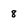
Character: 8